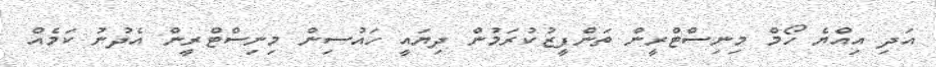
އަދި އިއްޔެ ހޯމް މިނިސްޓްރީން ތަންފީޒުކުރަމުން ދިޔައީ ހައުސިން މިނިސްޓްރީން އެދުނު ކަމެއް